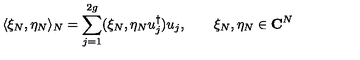
\langle \xi _ { N } , \eta _ { N } \rangle _ { N } = \sum _ { j = 1 } ^ { 2 g } ( \xi _ { N } , \eta _ { N } u _ { j } ^ { \dagger } ) u _ { j } , \qquad \xi _ { N } , \eta _ { N } \in { \bf C } ^ { N }